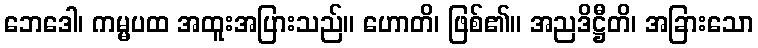
ဘေဒေါ၊ ကမ္မပထ အထူးအပြားသည်။ ဟောတိ၊ ဖြစ်၏။ အညဒိဋ္ဌီတိ၊ အခြားသော